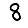
Digit: 8